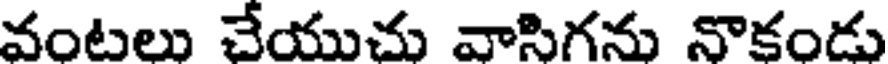
వంటలు చేయుచు వాసిగను నొకండు